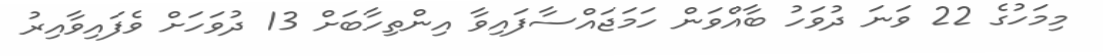
މިމަހުގެ 22 ވަނަ ދުވަހު ބާއްވަން ހަމަޖައްސާފައިވާ އިންތިހާބަށް 13 ދުވަހަށް ވެފައިވާއިރު